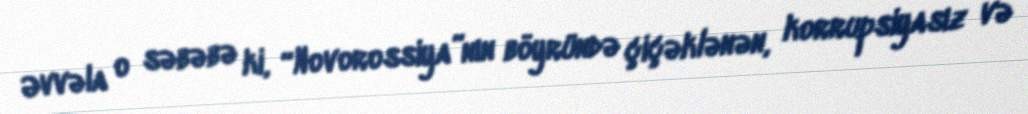
Əvvəla o səbəbə ki, “Novorossiya”nın böyründə çiçəklənən, korrupsiyasız və